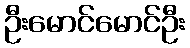
ဦးမောင်မောင်ဦး